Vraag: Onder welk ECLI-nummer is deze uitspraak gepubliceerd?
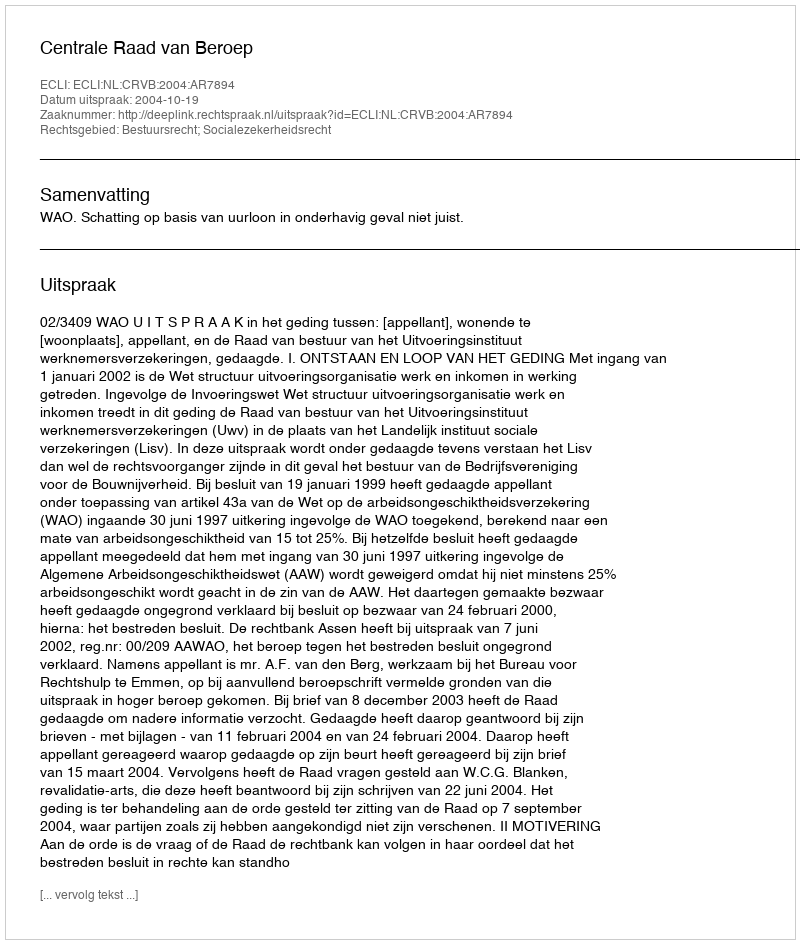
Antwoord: ECLI:NL:CRVB:2004:AR7894